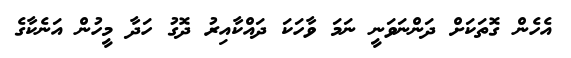
އެހެން ގޮތަކަށް ދަންނަވަނީ ނަމަ ވާހަކަ ދައްކާއިރު ދޮގު ހަދާ މީހުން އަނެކާގެ